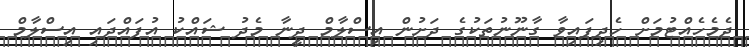
ދެމެހެއްޓުމަށް ހެދިފައިވާ ގާނޫނުތަކުގެ ދަށުން އިސްލާމް ދީނާ މެދު ޝައްކު އުފައްދައި އިސްލާމް